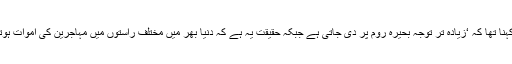
ان کا کہنا تھا کہ ‘زیادہ تر توجہ بحیرہ روم پر دی جاتی ہے جبکہ حقیقت یہ ہے کہ دنیا بھر میں مختلف راستوں میں مہاجرین کی اموات ہوتی ہیں۔